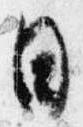
日